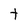
Character: t